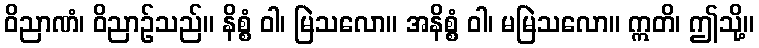
ဝိညာဏံ၊ ဝိညာဉ်သည်။ နိစ္စံ ဝါ၊ မြဲသလော။ အနိစ္စံ ဝါ၊ မမြဲသလော။ ဣတိ၊ ဤသို့။